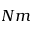
N m